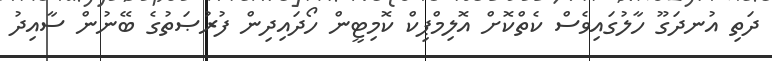
ދަތި އުނދަގޫ ހާލުގައިވެސް ކެތްކޮށް އޮލިމްޕިކް ކޮމިޓީން ހޯދައިދިން ފުރުޞަތުގެ ބޭނުން ސާއިދު